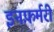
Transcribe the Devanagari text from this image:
इनफ़र्मरी